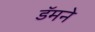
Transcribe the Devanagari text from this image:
डॅमने